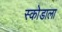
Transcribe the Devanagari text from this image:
स्कोडाला